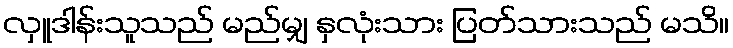
လှူဒါန်းသူသည် မည်မျှ နှလုံးသား ပြတ်သားသည် မသိ။